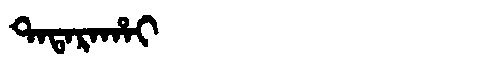
Manchu: ᡨᠠᡨᠠᡵᠠᡥᠠᡳ
Romanization: TATARAHAI